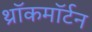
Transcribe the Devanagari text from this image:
थ्रॉकमॉर्टन